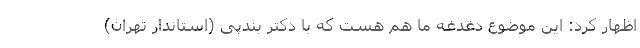
اظهار کرد: این موضوع دغدغه ما هم هست که با دکتر بندپی (استاندار تهران)